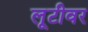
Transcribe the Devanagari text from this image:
लूटीवर